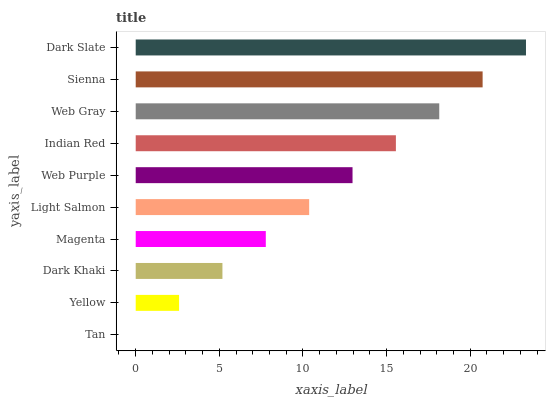
| yaxis_label | bars |
 | --- | --- |
 | Tan | 0 |
 | Yellow | 2.59 |
 | Dark Khaki | 5.18 |
 | Magenta | 7.78 |
 | Light Salmon | 10.4 |
 | Web Purple | 13 |
 | Indian Red | 15.6 |
 | Web Gray | 18.1 |
 | Sienna | 20.7 |
 | Dark Slate | 23.3 |